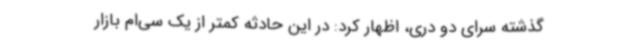
گذشته سرای دو دری، اظهار کرد: در این حادثه کمتر از یک سی‌ام بازار